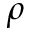
\rho